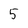
Character: 5